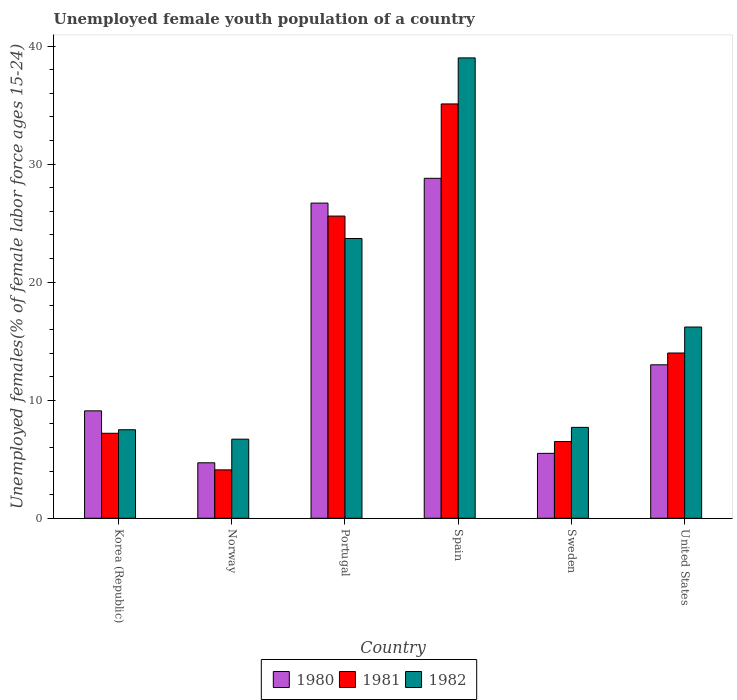
| Country | 1980 | 1981 | 1982 |
 | --- | --- | --- | --- |
 | Korea (Republic) | 9.1 | 7.2 | 7.5 |
 | Norway | 4.7 | 4.1 | 6.7 |
 | Portugal | 26.7 | 25.6 | 23.7 |
 | Spain | 28.8 | 35.1 | 39 |
 | Sweden | 5.5 | 6.5 | 7.7 |
 | United States | 13 | 14 | 16.2 |